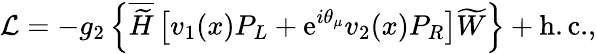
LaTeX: {\cal L}=-g_{2}\left\{ \overline{{{\widetilde{H}}}}\left[v_{1}(x)P_{L}+\mathrm{e}^{i\theta_{\mu}}v_{2}(x)P_{R}\right]\widetilde{W}\right\} +\mathrm{h.c.},